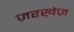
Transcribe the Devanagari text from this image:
ज़रख़ेज़